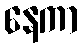
နေကာ